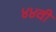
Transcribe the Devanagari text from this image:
४४वीं